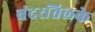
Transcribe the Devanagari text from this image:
बंदरतिलके